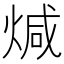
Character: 煘